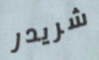
شريدر